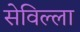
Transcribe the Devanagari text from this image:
सेविल्ला